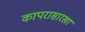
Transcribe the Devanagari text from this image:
कापरासारखा